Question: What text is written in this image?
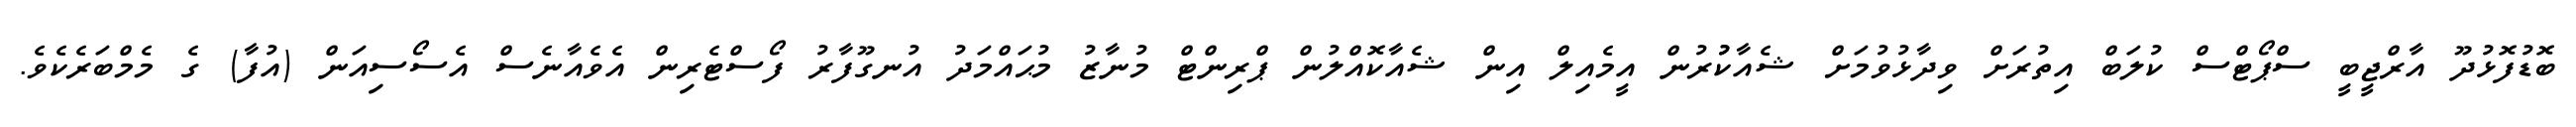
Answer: ބޮޑުފޮޅުދޫ އާރްޖީބީ ސްޕޯޓްސް ކުލަބް އިތުރަށް ވިދާޅުވުމަށް ޝެއާކުުރުން އީމެއިލް އިން ޝެއާކޮއްލުން ޕްރިންޓް މުނާޒު މުޙައްމަދު އުނގޫފާރު ފޯސްޓެރިން އެވެއާނެސް އެސޯސިއަން (އުފާ) ގެ މެމްބަރެކެވެ.